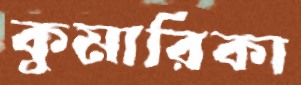
কুমারিকা